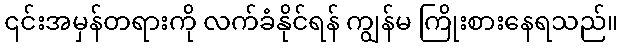
၎င်းအမှန်တရားကို လက်ခံနိုင်ရန် ကျွန်မ ကြိုးစားနေရသည်။